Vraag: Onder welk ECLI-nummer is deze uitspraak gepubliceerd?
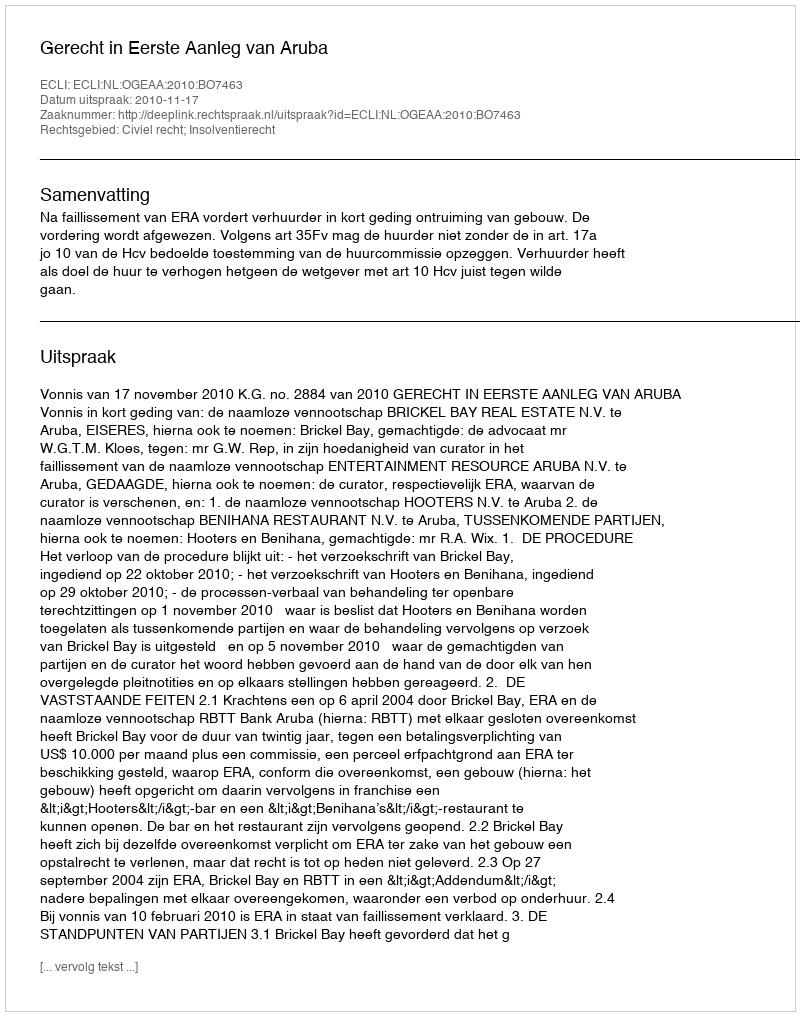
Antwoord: ECLI:NL:OGEAA:2010:BO7463